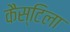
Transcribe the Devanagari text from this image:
कैस्टिला